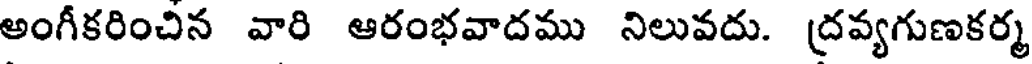
అంగీకరించిన వారి ఆరంభవాదము నిలువదు. ద్రవ్యగుణకర్మ